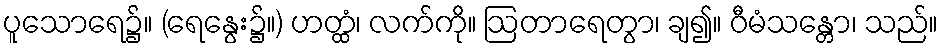
ပူသောရေ၌။ (ရေနွေး၌။) ဟတ္ထံ၊ လက်ကို။ ဩတာရေတွာ၊ ချ၍။ ဝီမံသန္တော၊ သည်။